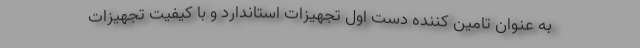
به عنوان تامین کننده دست اول تجهیزات استاندارد و با کیفیت تجهیزات